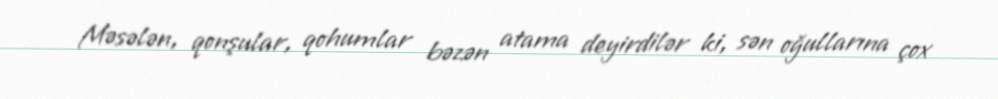
Məsələn, qonşular, qohumlar bəzən atama deyirdilər ki, sən oğullarına çox